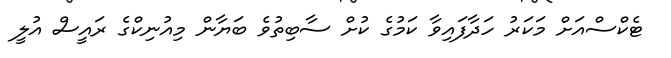
ޓެކްސްއަށް މަކަރު ހަދާފައިވާ ކަމުގެ ކުށް ސާބިތުވެ ބަޔާން މިއުނިކްގެ ރައީސް އުލީ